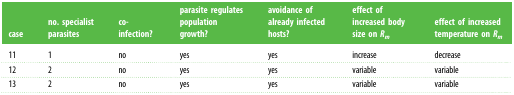
<table><thead><tr><td><b>case</b></td><td><b>no. specialist parasites</b></td><td><b>co-infection?</b></td><td><b>parasite regulates population growth?</b></td><td><b>avoidance of already infected hosts?</b></td><td><b>effect of increased body size on <i>R<sub>m</sub></i></b></td><td><b>effect of increased temperature on <i>R<sub>m</sub></i></b></td></tr></thead><tbody><tr><td>11</td><td>1</td><td>no</td><td>yes</td><td>yes</td><td>increase</td><td>decrease</td></tr><tr><td>12</td><td>2</td><td>no</td><td>yes</td><td>yes</td><td>variable</td><td>variable</td></tr><tr><td>13</td><td>2</td><td>no</td><td>yes</td><td>yes</td><td>variable</td><td>variable</td></tr></tbody></table>